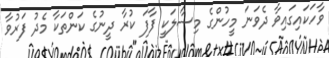
ވާހަކައިގައިވާ ދެވަނަ މީހުންގެ މިސާލަކީ ފާފަ ކުރާ ދީނުގެ ކަންތަކާ މެދު ފަރުވާ